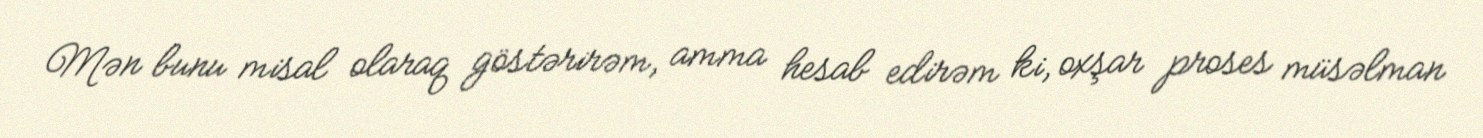
Mən bunu misal olaraq göstərirəm, amma hesab edirəm ki, oxşar proses müsəlman